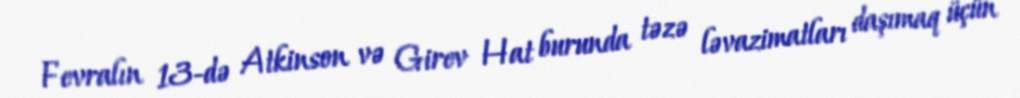
Fevralın 13-də Atkinson və Girev Hat burunda təzə ləvazimatları daşımaq üçün